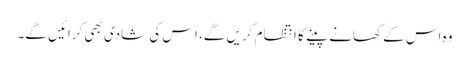
وہ اس کے کھانے پینے کا انتظام کریں گے، اس کی شادی بھی کرائیں گے۔